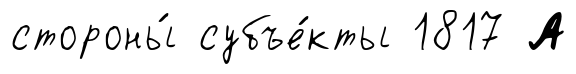
стороны́ субъе́кты 1817 А